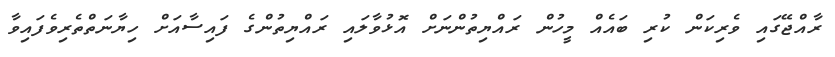
ރާއްޖޭގައި ވެރިކަން ކުރި ބައެއް މީހުން ރައްޔިތުންނަށް އޮޅުވާލައި ރައްޔިތުންގެ ފައިސާއަށް ހިޔާނަތްތެރިވެފައިވާ